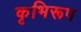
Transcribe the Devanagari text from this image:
कृभिरूप